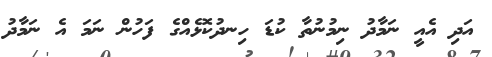
އަދި އެއީ ނަމާދު ނިމުނުތާ ކުޑަ ހިނދުކޮޅެއްގެ ފަހުން ނަމަ އެ ނަމާދު